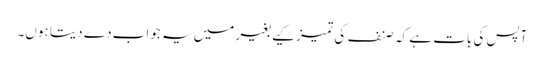
آپس کی بات ہے کہ صنف کی تمیز کیے بغیر میں یہ جواب دے دیتا ہوں۔